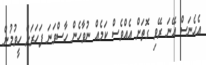
އެހެނަސް އޭނަ ރޭވި ގޮތަށް އެއްވެސް ކަމެއް ނުވާހެން ހާސްވަނަ ފަހަރަށް ހީވުމުން